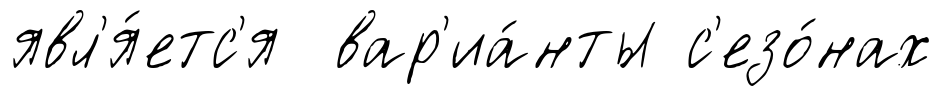
явл'я́етс'я вар'иа́нты с'езо́нах